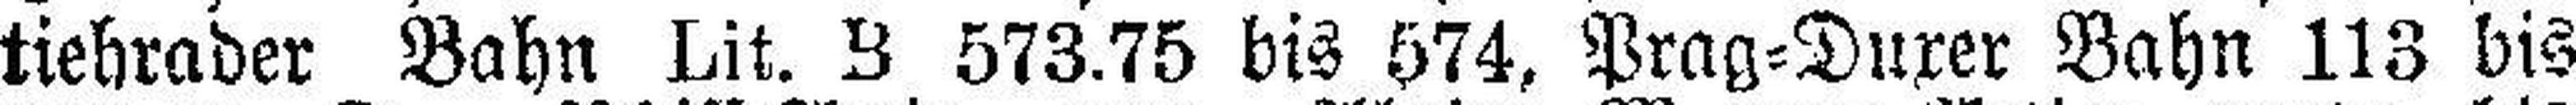
tiehrader Bahn Lit. Z 573.75 bis 574, Prag=Duxer Bahn 113 bis